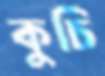
কুচি